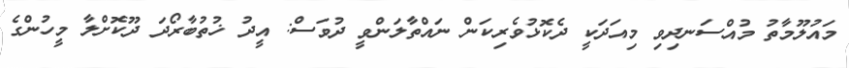
މައުލޫމާތު މުއްސަނދިވި މިއަދަކީ ދެކޮޅުވެރިކަން ނައްތާލަންވީ ދުވަސް: އީދު ޚުތުބާރޯދަ ދޫކޮށްލާ މީހުންގެ